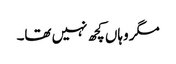
مگر وہاں کچھ نہیں تھا۔